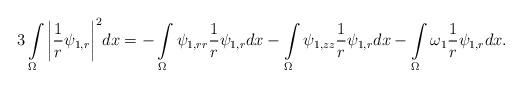
LaTeX: \begin{align*}3\intop_\Omega\bigg|{1\over r}\psi_{1,r}\bigg|^2dx=-\intop_\Omega\psi_{1,rr}{1\over r}\psi_{1,r}dx-\intop_\Omega\psi_{1,zz}{1\over r}\psi_{1,r}dx-\intop_\Omega\omega_1{1\over r}\psi_{1,r}dx.\end{align*}